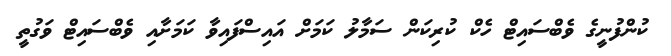
ކުންފުނީގެ ވެބްސައިޓް ހެކް ކުރިކަން ސަމާލު ކަމަށް އައިސްފައިވާ ކަމަށާއި ވެބްސައިޓް ވަގުތީ